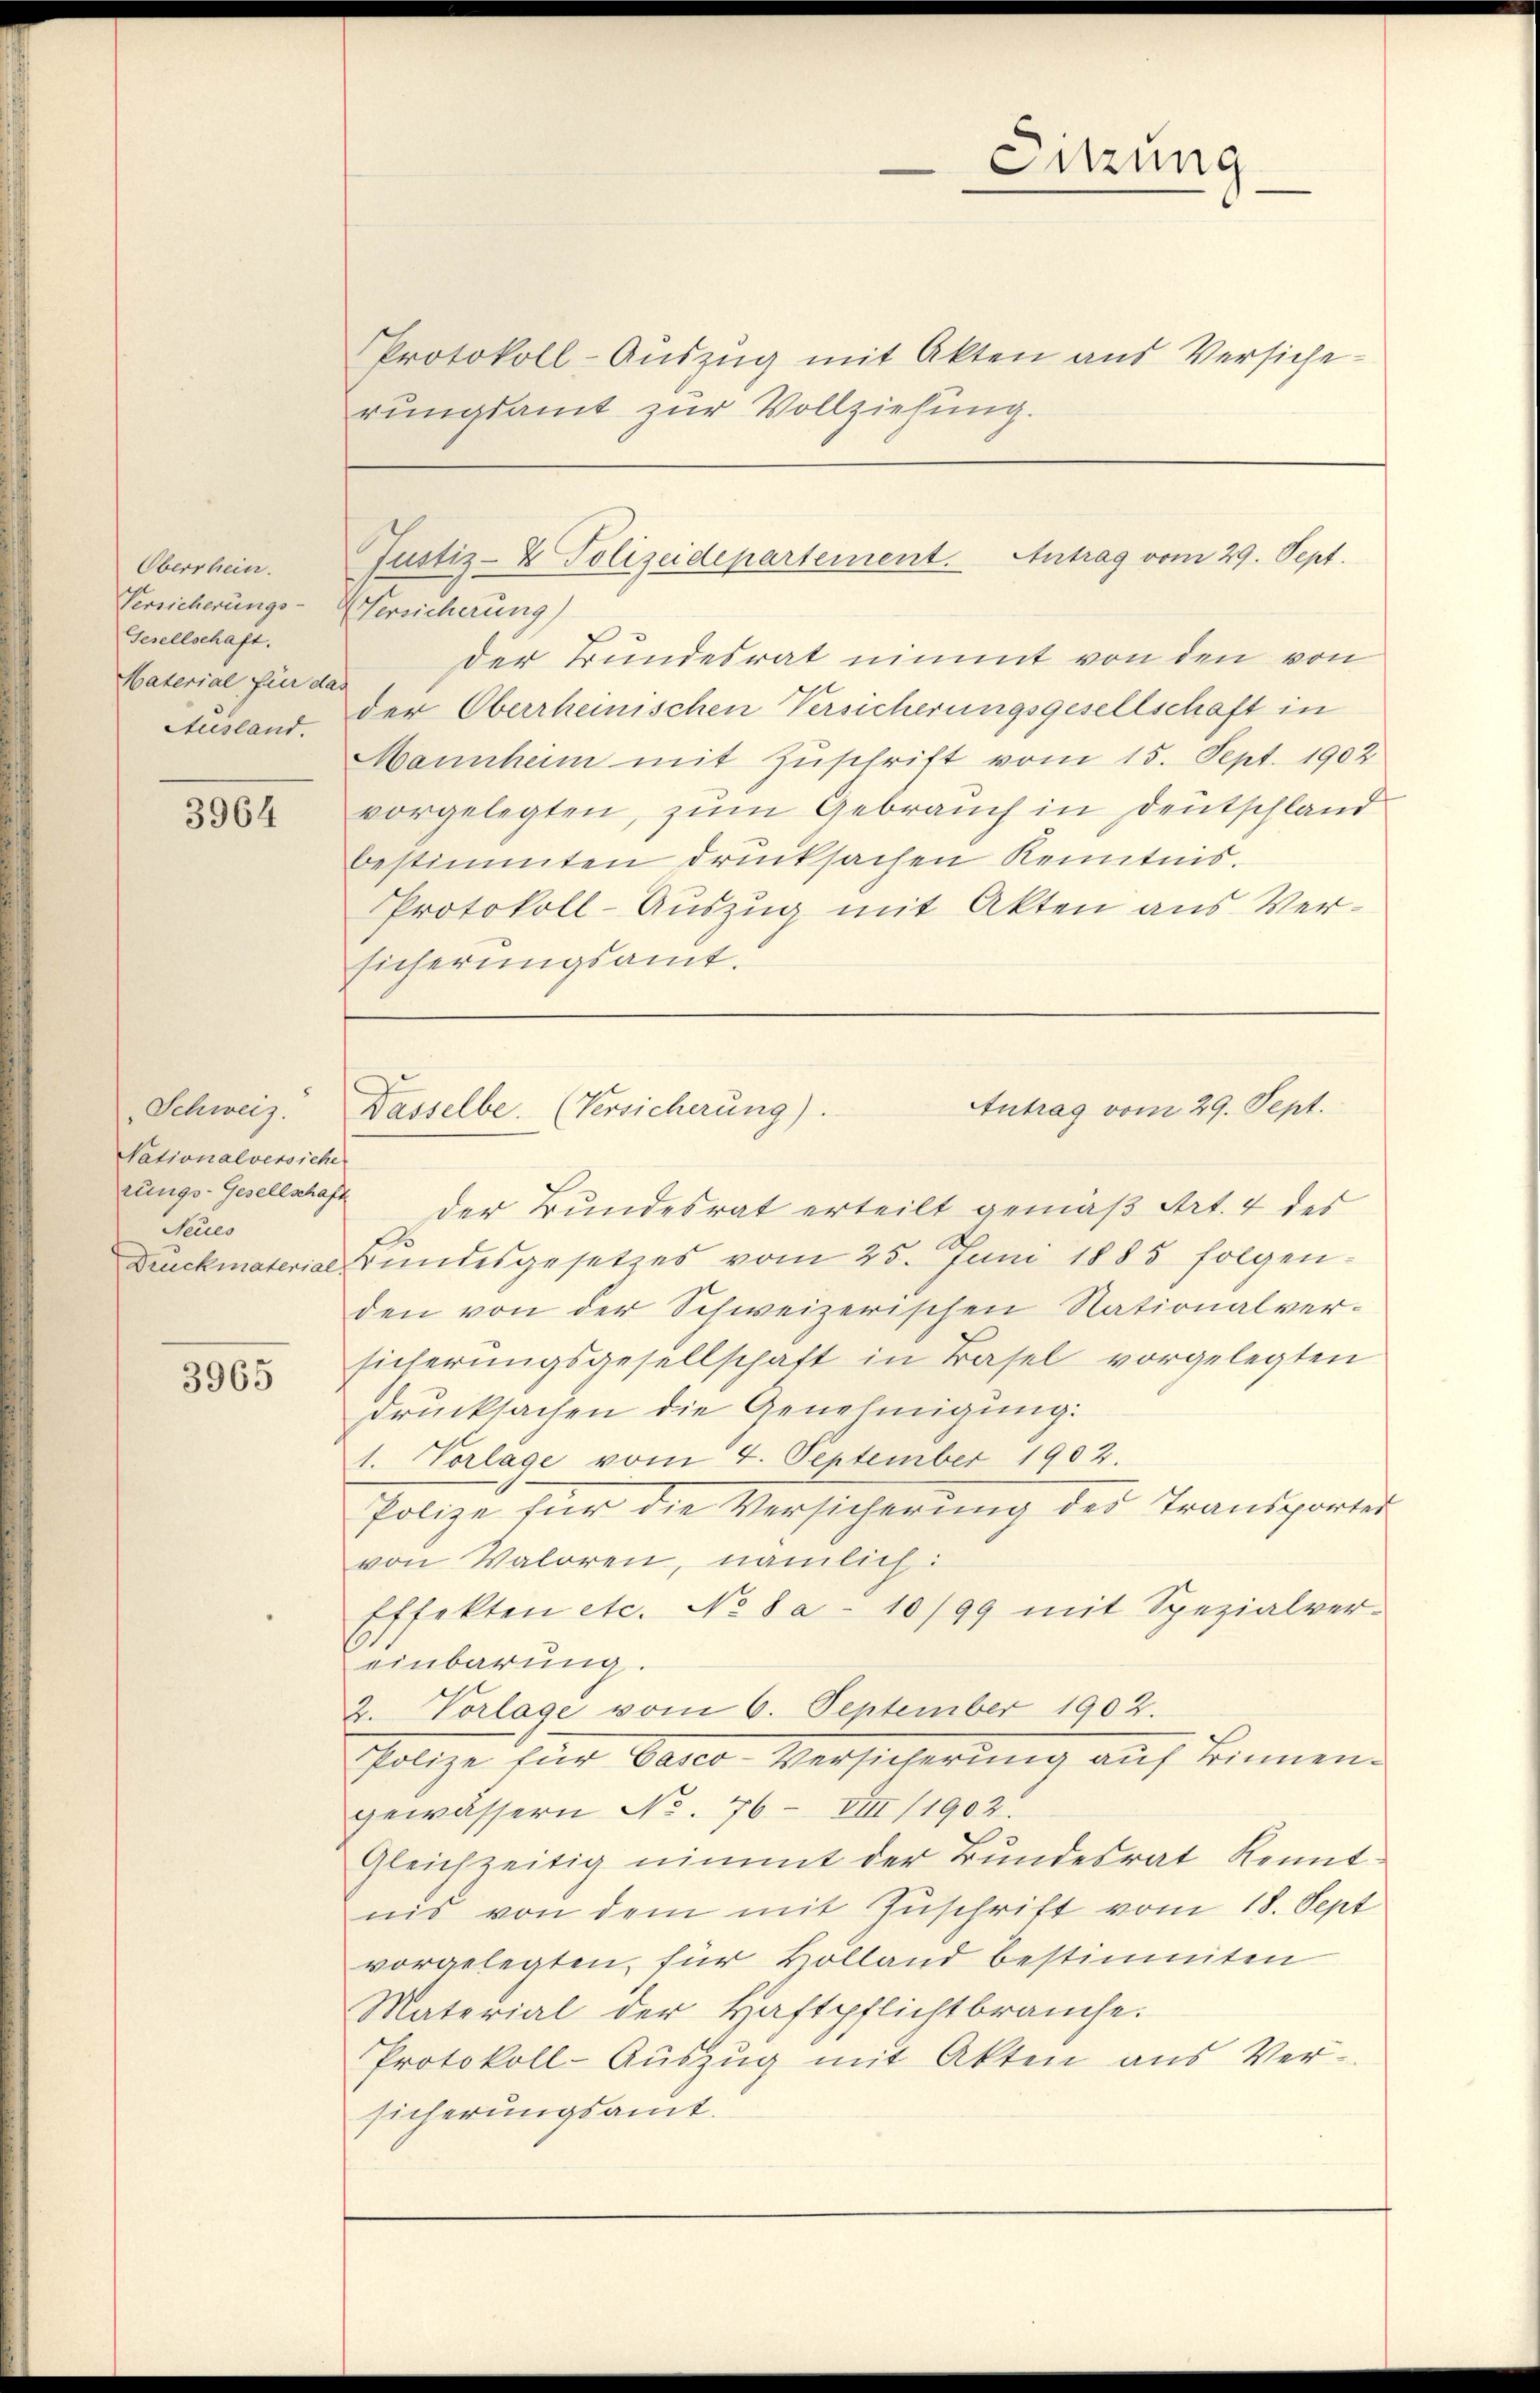
Oberrhein.
Versicherungs-
Gesellschaft.
Material für da
Ausland.

3964

Schweiz.
Nationalversiche
rungs-Gesellschaft
Neues
Druckmaterial.

3965

Protokoll-Auszug mit Akten aus Versicherungsamt zur Vollziehung.

Sitzung

Versicherung)
der Bundesrat nimmt von den von
der Oberrheinischen Versicherungsgesellschaft in
Mannheim mit Zuschrift vom 15. Sept. 1902
vorgelegten, zum Gebrauch in Deutschland
bestimmten drucksachen Kenntnis.
Protokoll-Auszug mit Akten aus Versicherungsamt.

Justiz- & Polizeidepartement. Antrag vom 29. Sept.

Antrag vom 29. Sept.
Dasselbe. (Versicherung).

der Bundesrat erteilt gemäß Art. 4 des
Bundesgesetzes vom 25. Juni 1885 folgenden von der Schweizerischen Nationalversicherungsgesellschaft in Basel vorgelegten
drucksachen die Genehmigung:
1. Vorlage vom 4. September 1902.
Polize für die Versicherung der Transportet
von Valoren, nämlich:
Effekten etc. No 8a - 10/99 mit Spezialver-
einbarung.
2. Vorlage vom 6. September 1902.
Polize für Pasco Verst auf Binnen.
gewässern No. 76 - VIII/1902.
Gleichzeitig nimmt der Bundesrat Kenntnis von dem mit Zuschrift vom 18. Sept
vorgelegten, für Holland bestimmten
Material der Haftpflichtbrauche.
Protokoll-Auszug mit Akten aus Ver-
sicherungsamt.